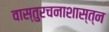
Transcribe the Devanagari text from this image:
वास्तुरचनाशास्त्न